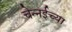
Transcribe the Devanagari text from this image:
चेन्नईच्‍या